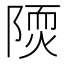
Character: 𨻢